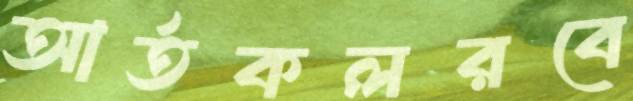
আর্তকলরবে